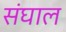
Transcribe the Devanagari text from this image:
संघाल